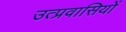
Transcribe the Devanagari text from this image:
उत्प्रवासियों